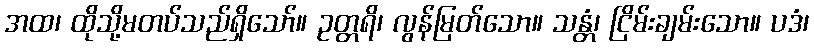
အထ၊ ထိုသို့မတပ်သည်ရှိသော်။ ဥတ္တရိ၊ လွန်မြတ်သော။ သန္တံ၊ ငြိမ်းချမ်းသော။ ပဒံ၊